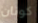
كونان